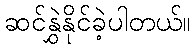
ဆင်နွှဲနိုင်ခဲ့ပါတယ်။